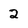
Character: 2